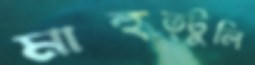
মাহুত্টুলি